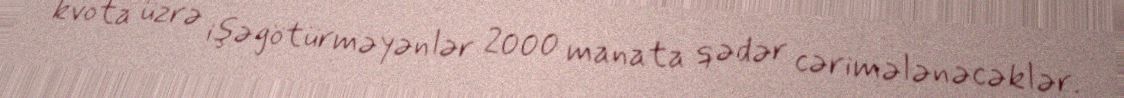
kvota üzrə işə götürməyənlər 2000 manata qədər cərimələnəcəklər.